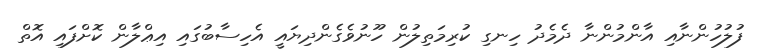
ފުލުހުންނާއި އާންމުންނާ ދެމެދު ހިނގި ކުރިމަތިލުން ހޫނުވެގެންދިޔައީ އެހިސާބުގައި އިޢްލާން ކޮށްފައި އޮތް